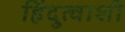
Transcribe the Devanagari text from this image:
हिंदुत्वाशी